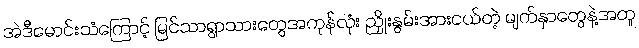
အဲဒီမောင်းသံကြောင့် မြင်သာရွာသားတွေအကုန်လုံး ညှိုးနွမ်းအားငယ်တဲ့ မျက်နှာတွေနဲ့အတူ